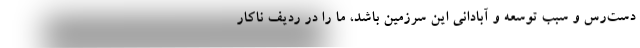
دست‌رس و سبب توسعه و آبادانی این سرزمین باشد، ما را در ردیف ناکار